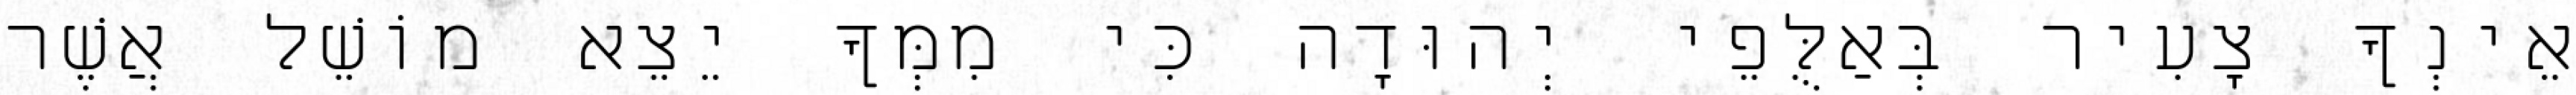
אֵינְךָ צָעִיר בְּאַלֻּפֵי יְהוּדָה כִּי מִמְּךָ יֵצֵא מוֹשֵׁל אֲשֶׁר